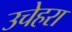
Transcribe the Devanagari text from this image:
उचेहरा